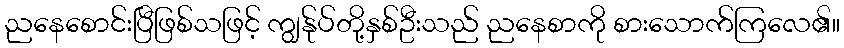
ညနေစောင်းပြီဖြစ်သဖြင့် ကျွန်ုပ်တို့နှစ်ဦးသည် ညနေစာကို စားသောက်ကြလေ၏။